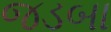
જડબા